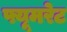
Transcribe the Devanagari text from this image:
फ्यूमरेट